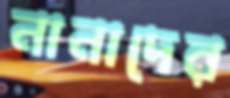
নানাদের